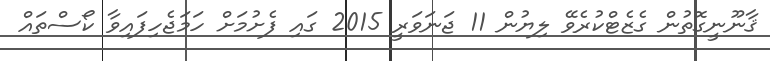
ޤާނޫނީގޮތުން ގެޒެޓްކުރެވޭ ލިޔުން 11 ޖަނަވަރީ 2015 ގައި ފެށުމަށް ހަމަޖެހިފައިވާ ކޯސްތައް